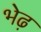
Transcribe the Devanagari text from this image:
भेढ़